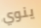
ينوي